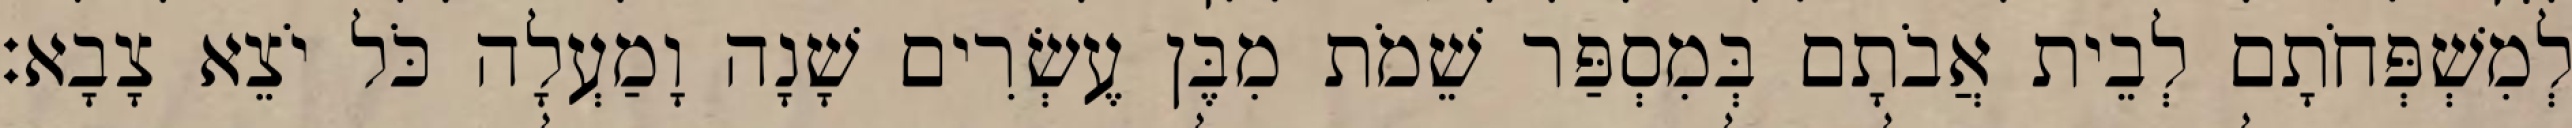
לְמִשְׁפְּחֹתָם לְבֵית אֲבֹתָם בְּמִסְפַּר שֵׁמֹת מִבֶּן עֶשְׂרִים שָׁנָה וָמַעְלָה כֹּל יֹצֵא צָבָא׃